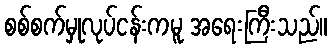
စစ်စက်မှုလုပ်ငန်းကမူ အရေးကြီးသည်။